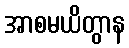
အာစမယိတွာန